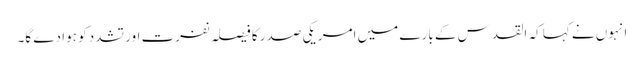
انہوں نے کہا کہ القدس کے بارے میں امریکی صدر کا فیصلہ نفرت اور تشدد کو ہوا دے گا۔